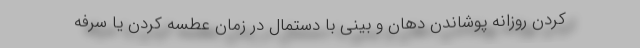
کردن روزانه پوشاندن دهان و بینی با دستمال در زمان عطسه کردن یا سرفه